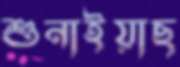
শুনাইয়াছ